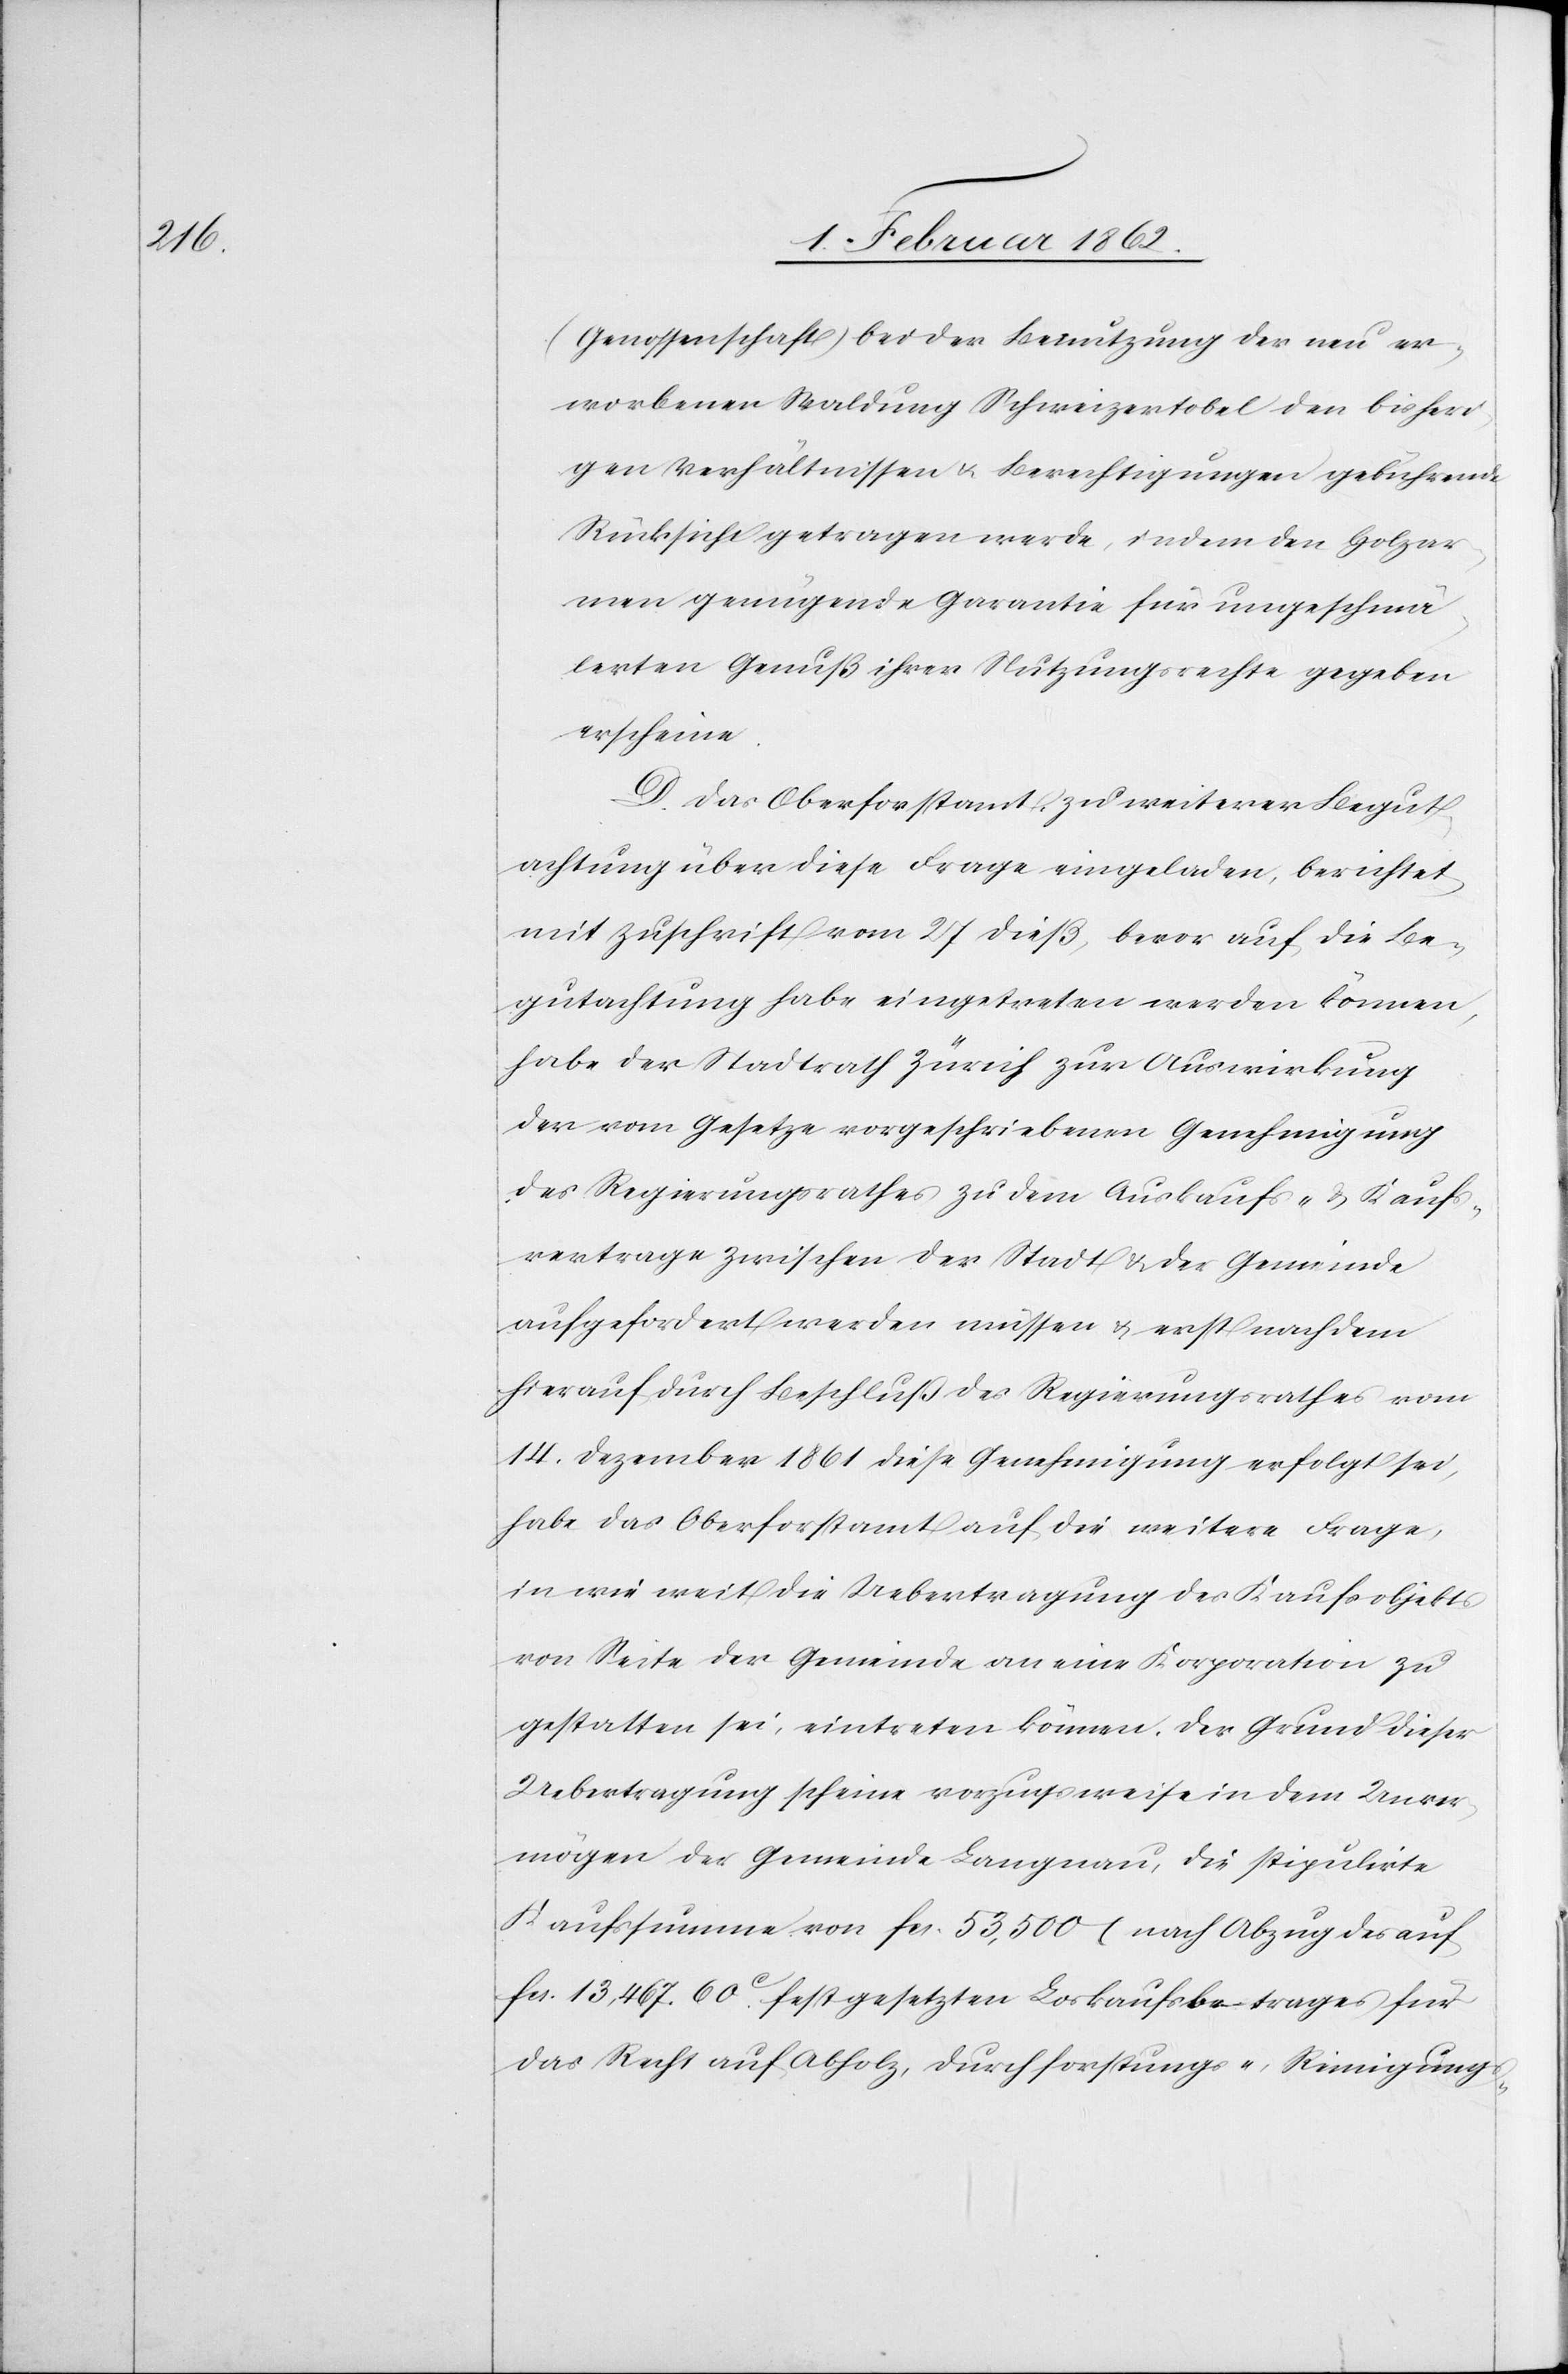
(Genossenschaft) bei der Benutzung der neu er¬
worbenen Waldung Schweizertobel den bisheri¬
gen Verhältnissen u. Berechtigungen gebührend
Rücksicht getragen werde, indem den Holzar¬
men genügende Garantie für ungeschmä¬
lerten Genuß ihrer Nutzungsrechte gegeben
erscheine.
D. Das Oberforstamt, zu weiterer Begut¬
achtung über diese Frage eingeladen, berichtet
mit Zuschrift vom 27 dieß, bevor auf die Be¬
gutachtung habe eingetreten werden können,
habe der Stadtrath Zürich zur Auswirkung
der vom Gesetze vorgeschriebenen Genehmigung
des Regierungsrathes zu dem Auskaufs- & Kaufs¬
vertrage zwischen der Stadt & der Gemeinde
aufgefordert werden müssen & erst nachdem
hierauf durch Beschluß des Regierungsrathes vom
14. Dezember 1861 diese Genehmigung erfolgt sei,
habe das Oberforstamt auf die weitere Frage,
in wie weit die Uebertragung des Kaufsobjekts
von Seite der Gemeinde an eine Korporation zu
gestatten sei, eintreten können. Der Grund dieser
Uebertragung scheine vorzugsweise in dem Unver¬
mögen der Gemeinde Langnau, die stipulirte
Kaufssumme von fcs. 53,500 (nach Abzug des auf
fcs. 13,467 60c. festgesetzten Loskaufsbetrages für
das Recht auf Abholz, Durchforstungs-, Reinigungs-